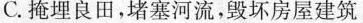
C.掩埋良田，堵塞河流，毁坏房屋建筑